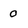
Character: 0